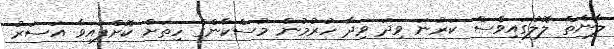
ލާނެތް ލޮލުގައިވެސް ކަރުނަ ވިދަ ވިދާ ހުރުމުން މުސްކާންގެ ހިތަށް ކޮށްފައިވާ އަސަރު